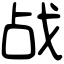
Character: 战